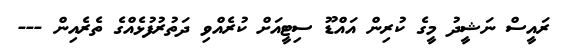
ރައީސް ނަޝީދު މީގެ ކުރިން އައްޑޫ ސިޓީއަށް ކުރެއްވި ދަތުރުފުޅެއްގެ ތެރެއިން ---